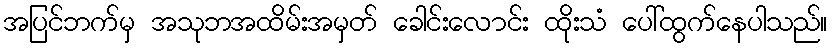
အပြင်ဘက်မှ အသုဘအထိမ်းအမှတ် ခေါင်းလောင်း ထိုးသံ ပေါ်ထွက်နေပါသည်။